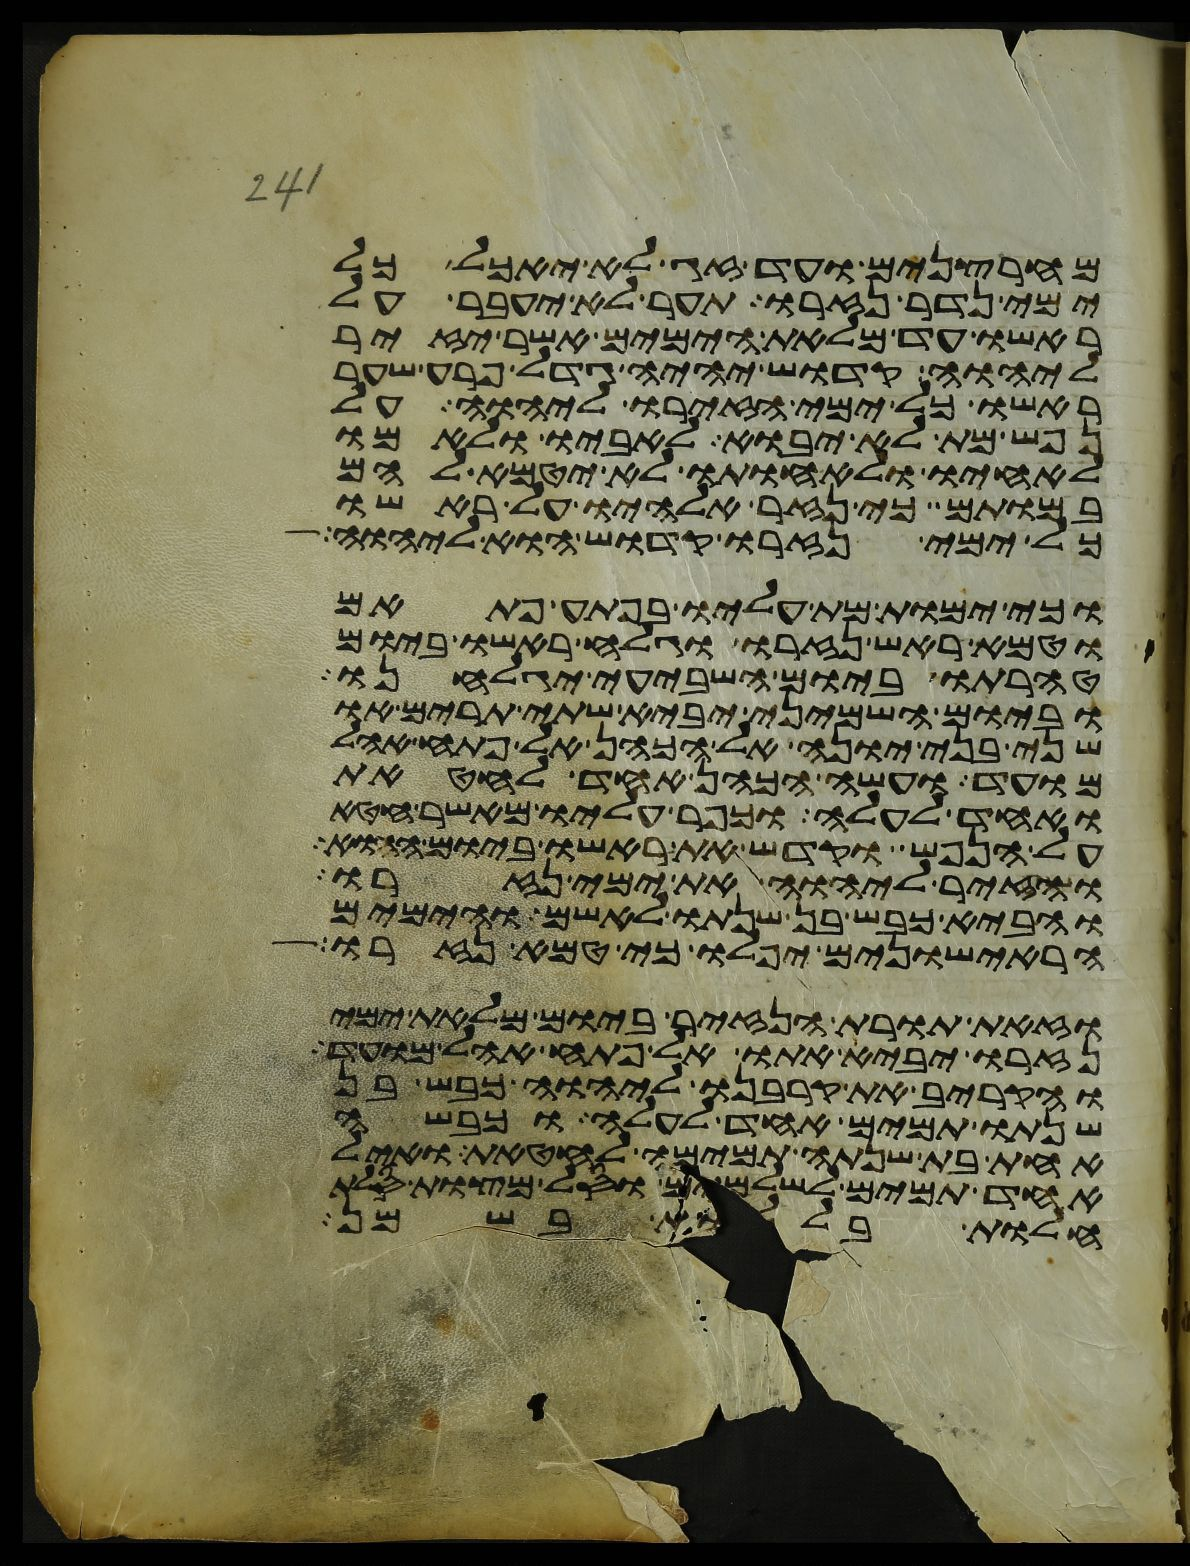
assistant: מחרצנים ועד זג לא יאכל כל
ימי נדר נזרו תער לא יעבר על
ראשו עד מלאת הימים אשר יזיר
ליהוה קדוש יהיה גדל פרע שער
ראשו כל ימי הזירו ליהוה על
נפש מת לא יבוא לאביו ולאמו
לאחיו ולאחותו לא יטמא להם
במותם כי נזר אלהיו על ראשו
כל ימי נזרו קדוש הוא ליהוה
וכי ימות מת עליו בפתע פתאם
וטמא ראש נזרו וגלח ראשו ביום
טהרתו ביום השביעי יגלחנו
וביום השמיני יביא שתי תרים או
שני בני יונה אל הכהן אל פתח אהל
מועד ועשה הכהן אחד לחטאת
ואחד לעלה וכפר עליו מאשר חטא
על הנפש וקדש את ראשו ביום ההוא
והזיר ליהוה את ימי נזרו
והביא כבש בן שנתו לאשם והימים
הראישונים יפלו כי טמא נזרו
וזאת תורת הנזיר ביום מלאת ימי
נזרו יביא אתו אל פתח אהל מועד
והקריב את קרבנו ליהוה כבש בן
שנתו תמים אחד לעלה וכבשה
אחת בת שנתה תמימה לחטאת ואיל
אחד תמים לשלמים וסל מצות סלת
חלות בללות בשמן